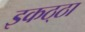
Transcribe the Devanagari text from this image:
इकठ्‌ठा